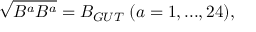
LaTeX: \sqrt { B ^ { a } B ^ { a } } = B _ { G U T } \; ( a = 1 , . . . , 2 4 ) ,